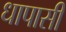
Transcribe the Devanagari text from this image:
धापासी